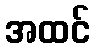
အထင်